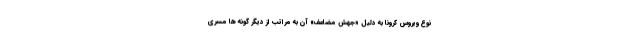
نوع ویروس کرونا به دلیل «جهش مضاعف» آن به مراتب از دیگر گونه ها مسری